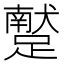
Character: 𨆕